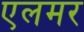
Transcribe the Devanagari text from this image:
एलमर